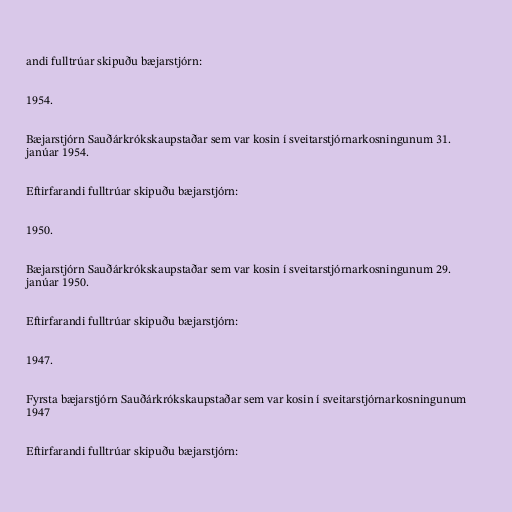
andi fulltrúar skipuðu bæjarstjórn:

1954.

Bæjarstjórn Sauðárkrókskaupstaðar sem var kosin í sveitarstjórnarkosningunum 31.
janúar 1954.

Eftirfarandi fulltrúar skipuðu bæjarstjórn:

1950.

Bæjarstjórn Sauðárkrókskaupstaðar sem var kosin í sveitarstjórnarkosningunum 29.
janúar 1950.

Eftirfarandi fulltrúar skipuðu bæjarstjórn:

1947.

Fyrsta bæjarstjórn Sauðárkrókskaupstaðar sem var kosin í sveitarstjórnarkosningunum
1947

Eftirfarandi fulltrúar skipuðu bæjarstjórn: